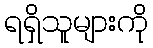
ရရှိသူများကို